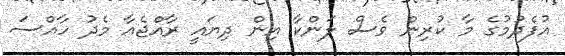
އުފެދުމުގެ މާ ކުރިން ވެސް ލަންކާ އިން ދިޔައީ ރާއްޖެއާ މެދު ހާއްސަ